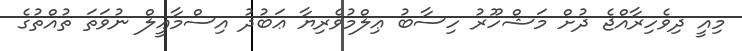
މިއީ ދިވެހިރާއްޖެ ދުށް މަޝްހޫރު ހިސާބު ޢިލްމުވެރިޔާ ޢަބުދު އިސްމާޢީލް ނުވަތަ ތުއްތުގެ